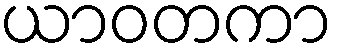
ယာဝတကာ